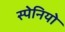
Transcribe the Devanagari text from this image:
स्पेनियो